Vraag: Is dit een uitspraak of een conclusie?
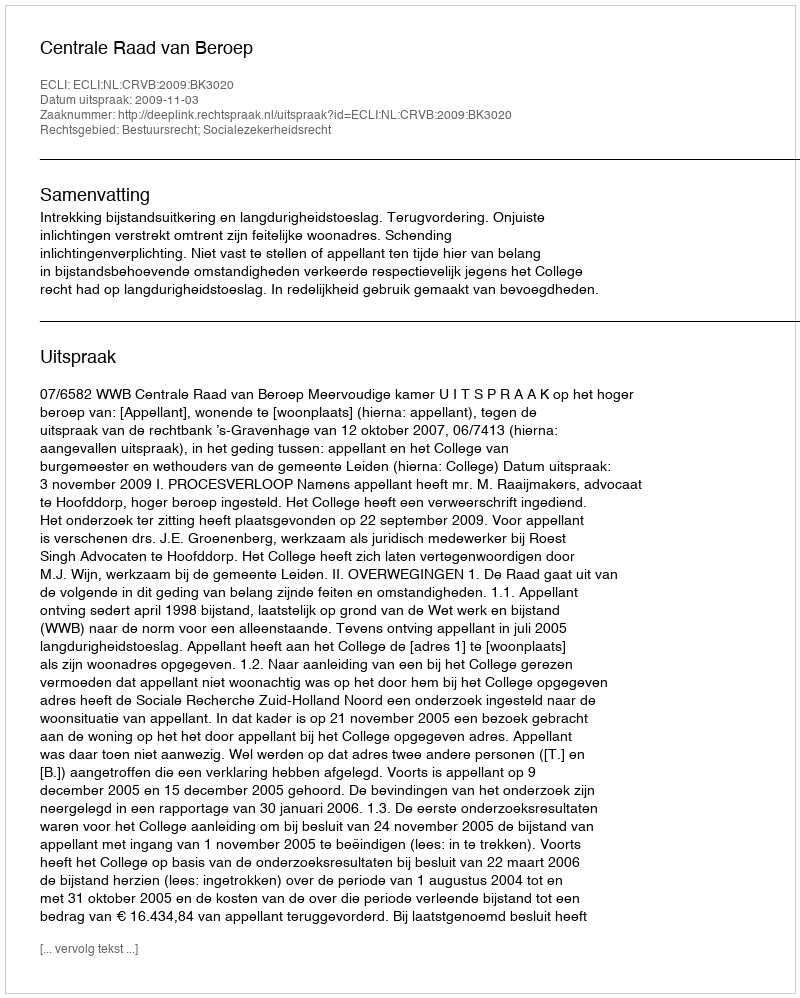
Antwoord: Uitspraak